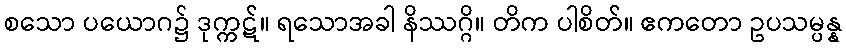
စသော ပယောဂ၌ ဒုက္ကဋ်။ ရသောအခါ နိဿဂ္ဂိ။ တိက ပါစိတ်။ ဧကတော ဥပသမ္ပန္န